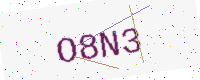
Text: O8N3